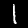
Label: 1